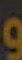
و